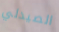
الصيدلي